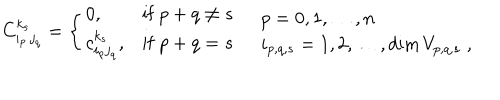
LaTeX: C _ { i _ { p } \, j _ { q } } ^ { k _ { s } } = \left\{ \begin{array} { l l l } { { 0 , } } & { { \mathrm { i f } \ p + q \neq s } } \\ { { c _ { i _ { p } j _ { q } } ^ { k _ { s } } , } } & { { \mathrm { i f } \ p + q = s } } \\ \end{array} \right. \quad \begin{array} { l } { { p = 0 , 1 , \ldots , n } } \\ { { i _ { p , q , s } = 1 , 2 , \ldots , \textrm { d i m } \, V _ { p , q , s } \; , } } \\ \end{array}